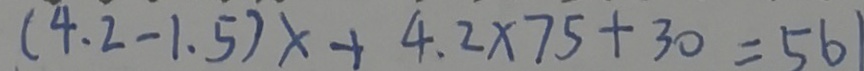
( 4 . 2 - 1 . 5 ) x + 4 . 2 \times 7 5 + 3 0 = 5 6